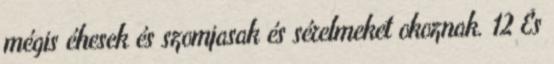
mégis éhesek és szomjasak és sérelmeket okoznak. 12 És